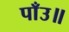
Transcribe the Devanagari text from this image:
पाँउ॥